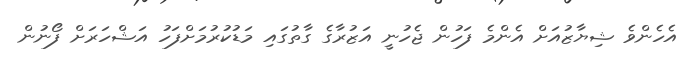
އެހެންވެ ޝިޔާޒުއަށް އެންމެ ފަހުން ޖެހުނީ އަޒުރާގެ ގާތުގައި މަޑުކުރުމަށްފަހު އަޝްހަރަށް ފޯނުން